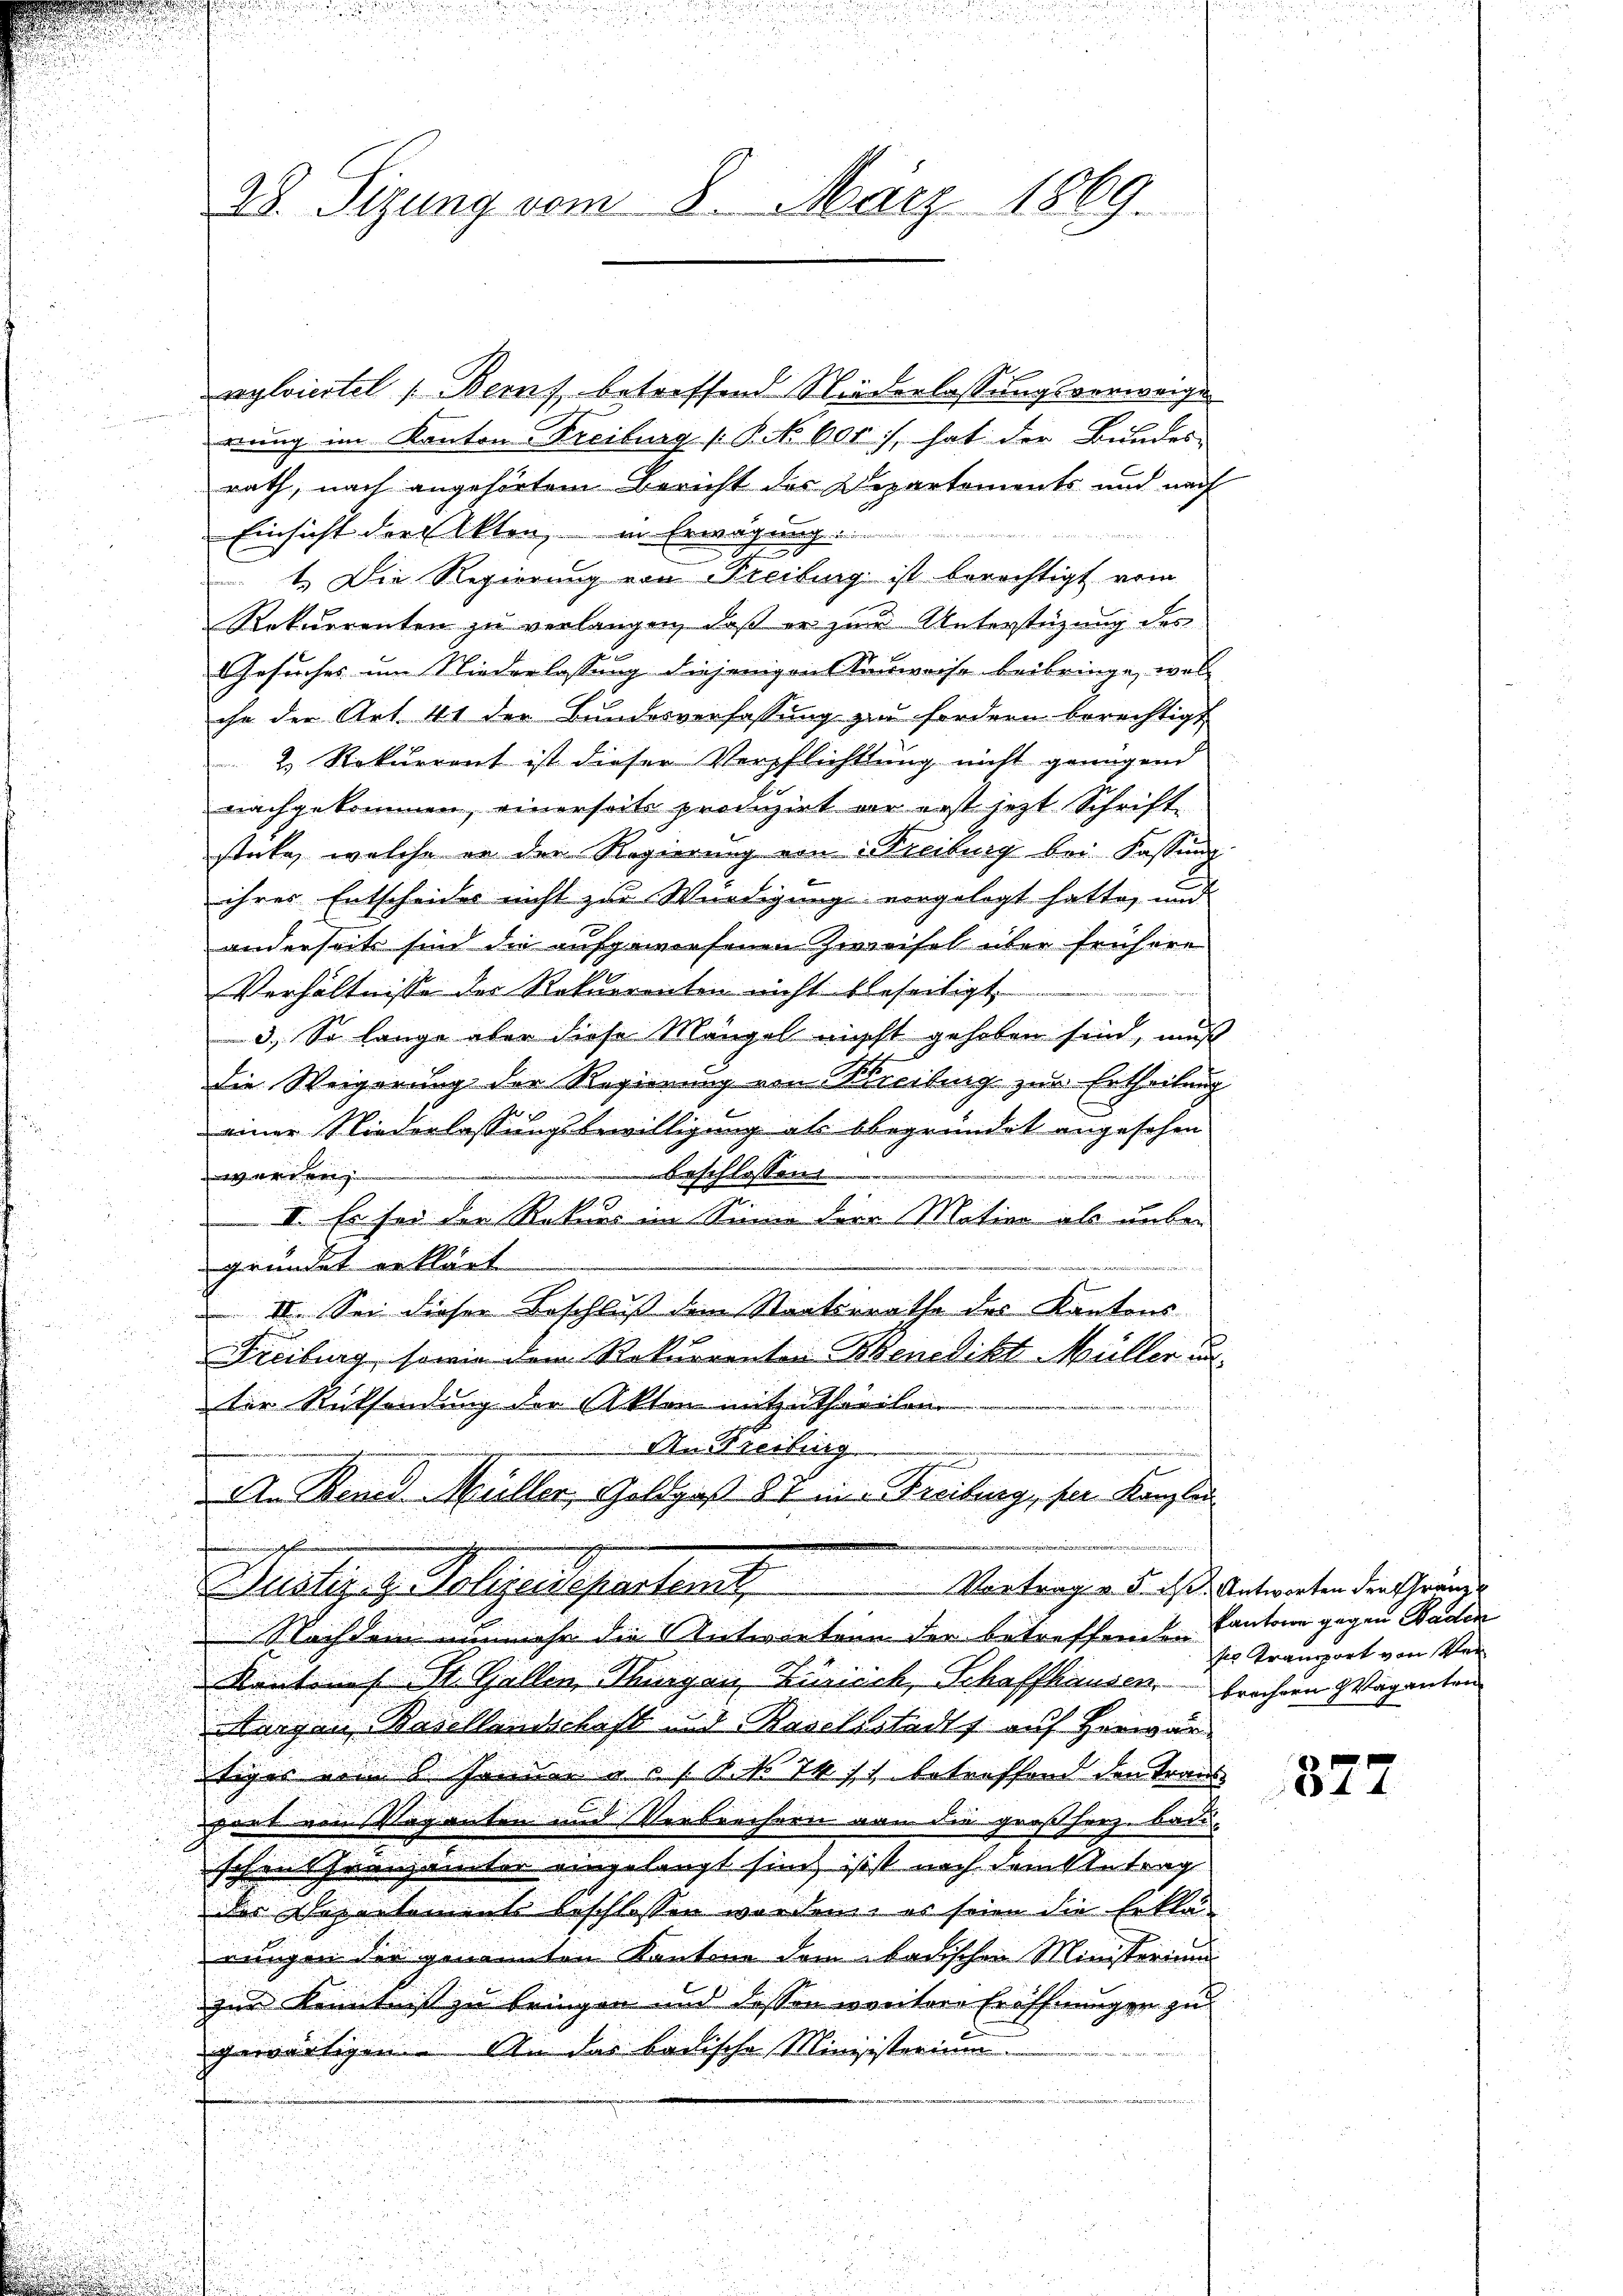
28. Sizung vom 8. März 1869.

vylviertel (Berns, betreffend Niederlassungsverweige
rung im Kanton Freiburg (S. 600, hat der Bundes-
rath, nach angehörtem Bericht des Departements und nach
Einsicht der Akten, in Erwägung.
1. Die Regierung von Freiburg ist berechtigt vom
Rekurrenten zu verlangen, daß er zur Unterstützung des
Gesuches um Niederlassung diejenigen ausweise beibringe, was
ihn der Art. 41 der Bundesverfassung zu fordern berechtigt
2 Rekurrent ist dieser Verpflichtung nicht genügend
nachgekommen, einerseits produzirt an erst jetzt Schriftsticke, welche in der Regierung von Kreiburg bei Fassung.
ihrer Entscheides nicht zu Würdigung vorgelegt hatte, und
anderseits sind die aufgewiesenen Zweifel über frühere
Verhältnisse der Rekurrenten nicht beseitigt.
3.) So lange aber diese Mängel nichst gehoben sind, muß
die Weigerung der Regierung von Kreiburg zur Ertheilung
einer Niederlassungsbewilligung als begründet angesehen
beschlossen:
r 54
werden
6
 II. Es sei der Rekurs im Sinn der Mation als unben

gründet erklärt
 II. Sei dieser Beschluß dem Staatsrathe des Kantons
Freiburg, sowie dem Rekurrenten Benedikt Müller in
der Rücksendung der Akten mitzutheilen
An Streitig
An Rennd Müller, Goldgaß 87 eine Freiburg, per Kanzlei
Vortrag v. 5. ist. Antworten den Gränze
Belliges Polizeidepartent

Nachdem nunmehr die Entwirtern der betreffenden
Kantons St. Gallen Thurgau, Zusick, Schaffhausen, brachten Waganten
argen Basellandschaft und Raselstadt auf Herwäritiges vom 6. Januar a s s 8. No 74 11 betreffend den Trans
port von Vaganten und Verbrechern von die großherz badischen Franzamter eingelangt sind, isst nach dem Antrag
der Departements beschlossen worden, es seien die Erklärungen der genannten Kantone dem badischen Ministerium
zur Kenntnis zu bringen und dessen weitere Eröffnungen zu
gewärtigen. An das badische Minisisterium

kantone gegen Baden
sis Transport von Ver

327